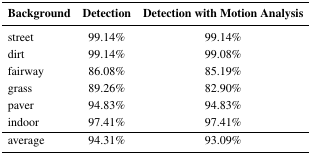
<table><thead><tr><td><b>Background</b></td><td><b>Detection</b></td><td><b>Detection with Motion Analysis</b></td></tr></thead><tbody><tr><td>street</td><td>99.14%</td><td>99.14%</td></tr><tr><td>dirt</td><td>99.14%</td><td>99.08%</td></tr><tr><td>fairway</td><td>86.08%</td><td>85.19%</td></tr><tr><td>grass</td><td>89.26%</td><td>82.90%</td></tr><tr><td>paver</td><td>94.83%</td><td>94.83%</td></tr><tr><td>indoor</td><td>97.41%</td><td>97.41%</td></tr><tr><td>average</td><td>94.31%</td><td>93.09%</td></tr></tbody></table>